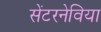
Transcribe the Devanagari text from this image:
सेंटरनेविया